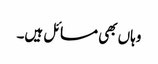
وہاں بھی مسائل ہیں۔